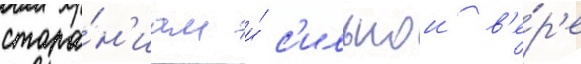
стара́н'иам и́ с'ильнои в'е́р'е